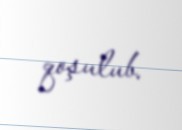
qoşulub.